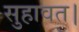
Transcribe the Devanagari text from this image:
सुहावत।